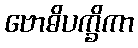
ဗောဓိပက္ခိကာ